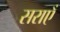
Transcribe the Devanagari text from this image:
सराएँ